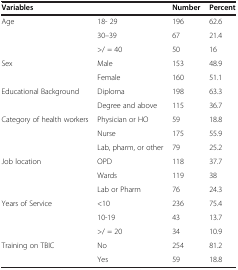
<table><thead><tr><td colspan="2"><b>Variables</b></td><td><b>Number</b></td><td><b>Percent</b></td></tr></thead><tbody><tr><td rowspan="3">Age</td><td>18- 29</td><td>196</td><td>62.6</td></tr><tr><td>30–39</td><td>67</td><td>21.4</td></tr><tr><td>&gt;/ = 40</td><td>50</td><td>16</td></tr><tr><td rowspan="2">Sex</td><td>Male</td><td>153</td><td>48.9</td></tr><tr><td>Female</td><td>160</td><td>51.1</td></tr><tr><td rowspan="2">Educational Background</td><td>Diploma</td><td>198</td><td>63.3</td></tr><tr><td>Degree and above</td><td>115</td><td>36.7</td></tr><tr><td rowspan="3">Category of health workers</td><td>Physician or HO</td><td>59</td><td>18.8</td></tr><tr><td>Nurse</td><td>175</td><td>55.9</td></tr><tr><td>Lab, pharm, or other</td><td>79</td><td>25.2</td></tr><tr><td rowspan="3">Job location</td><td>OPD</td><td>118</td><td>37.7</td></tr><tr><td>Wards</td><td>119</td><td>38</td></tr><tr><td>Lab or Pharm</td><td>76</td><td>24.3</td></tr><tr><td rowspan="3">Years of Service</td><td>&lt;10</td><td>236</td><td>75.4</td></tr><tr><td>10-19</td><td>43</td><td>13.7</td></tr><tr><td>&gt;/ = 20</td><td>34</td><td>10.9</td></tr><tr><td rowspan="2">Training on TBIC</td><td>No</td><td>254</td><td>81.2</td></tr><tr><td>Yes</td><td>59</td><td>18.8</td></tr></tbody></table>